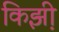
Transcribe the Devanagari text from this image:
किझ़ी